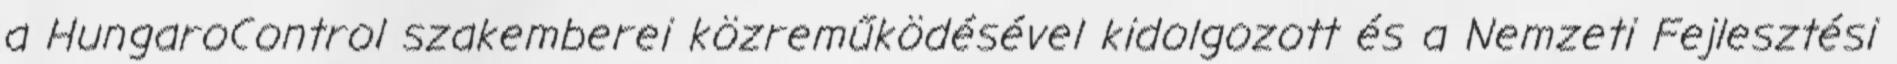
a HungaroControl szakemberei közreműködésével kidolgozott és a Nemzeti Fejlesztési